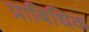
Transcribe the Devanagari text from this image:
प्राबिधिक